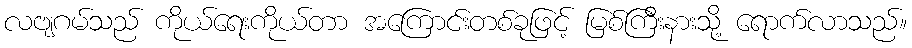
လဗျဂမ်သည် ကိုယ်ရေးကိုယ်တာ အကြောင်းတစ်ခုဖြင့် မြစ်ကြီးနားသို့ ရောက်လာသည်။